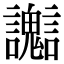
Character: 𧮊